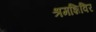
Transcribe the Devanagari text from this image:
श्रमशिविर